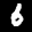
Label: 6